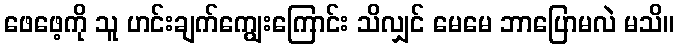
ဖေဖေ့ကို သူ ဟင်းချက်ကျွေးကြောင်း သိလျှင် မေမေ ဘာပြောမလဲ မသိ။